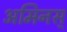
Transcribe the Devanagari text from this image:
अमिनस्